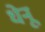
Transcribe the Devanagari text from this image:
धेनू